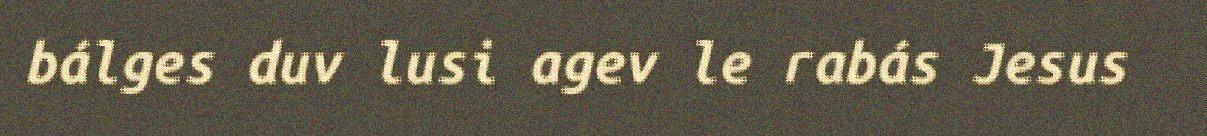
bálges duv lusi agev le rabás Jesus